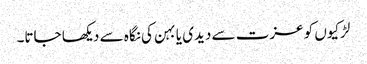
لڑکیوں کو عزت سے دیدی یا بہن کی نگاہ سے دیکھا جاتا۔